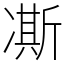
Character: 凘